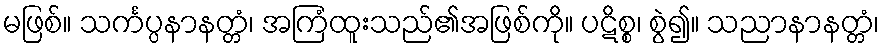
မဖြစ်။ သင်္ကပ္ပနာနတ္တံ၊ အကြံထူးသည်၏အဖြစ်ကို။ ပဋိစ္စ၊ စွဲ၍။ သညာနာနတ္တံ၊